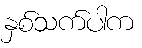
နှစ်သက်ပါက